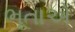
ભૂતાએ